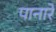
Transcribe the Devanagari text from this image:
पानारे